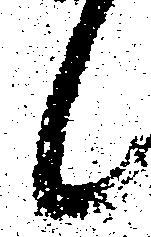
候